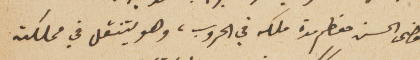
قضى الحسن معظم مدة ملكه في الحروب، وهو يتنقل في مملكته